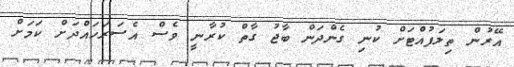
އޭރުން ތިލަފުއްޓަށް ކުނި ގެންދަން ބާޖު ގާތް ކުރާނީ ވެސް އެސަރަހައްދަށް ކަމަށް